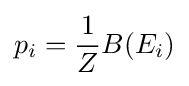
p_{i}={\frac {1}{Z}}B(E_{i})